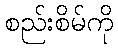
စည်းစိမ်ကို